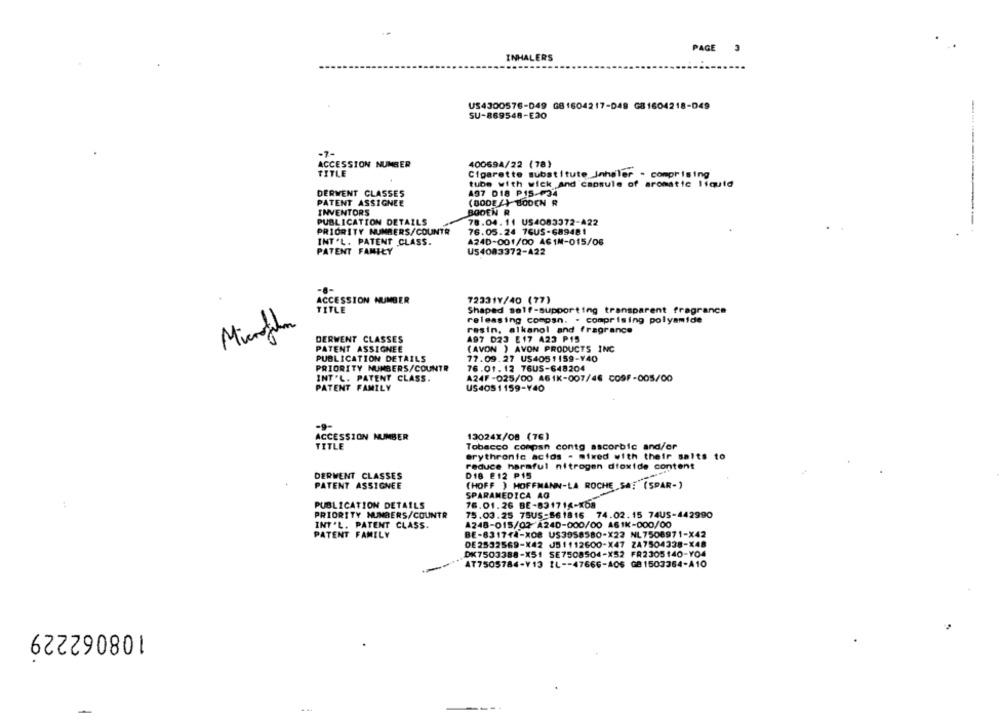
PAGE 3
INHALERS
US4300576-049 GB1604217-D48 G81604218-049
SU-869548-E20
-7-
ACCESSION NUMBER
400694/22 (78)
TITLE
Cigarette substitute inhaler - comprising
tube with wick and capsule of aromatic liquid
DERWENT CLASSES
A97 D18 P15-F34
PATENT ASSIGNEE
(80024) BODEN R
INVENTORS
BOOEN R
PUBLICATION DETAILS
78.04. 11 US4083372-A22
PRIORITY NUMBERS/COUNTR
76.05.24 76US-689481
INT'L. PATENT CLASS.
A24D-001/00 ACIM-015/06
PATENT FAMILY
U54083372-422
ACCESSION NUMBER
723317/40 (77)
TITLE
Shaped self-supporting transparent fragrance
releasing comosn. . comprising polyamide
resin, alkanol and fragrance
DERWENT CLASSES
A97 023 E 17 423 P15
PATENT ASSIGNEE
(AVON ) AVON PRODUCTS INC
PUBLICATION DETAILS
77.09.27 US4051159-Y40
PRIORITY NUMBERS/COUNTR
76.01. 12 76US-648204
INT'L. PATENT CLASS.
A24F-025/00 461K-007/46 CO9F-005/00
PATENT FAMILY
US4051159-Y40
-9
ACCESSION NUMBER
13024X/08 (76)
TITLE
Tobacco compan conto ascorbic and/or
erythronic acids - mixed with their salts to
reduce harmful nitrogen dioxide content
DERWENT CLASSES
D18 212 P15
PATENT ASSIGNEE
(HOFF ) HOFFMANN-LA ROCHE .SA: (SPAR-)
SPARAMEDICA AO
PUBLICATION DETAILS
76.01.26 BE-831714-x68
PRIORITY NUMBERS/COUNTR
75.03.25 75US-861816 74.02.15 74US-442990
INT'L. PATENT CLASS.
A248-015/02 A240-000/00 461K-000/00
PATENT FAMILY
BE-831744-XO8 US3958580-X22 NL7508971-X42
DE2532569-X42 JS1112600-X47 ZA7504338-X48
DK7503388-X51 SE7508504-X52 FR2305140-Y04
AT7505784-V13 IL -- 47666-406 GB 1503364-A10
108062229
-